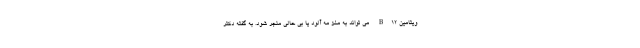
ویتامین B12 می تواند به مغز مه آلود یا بی حالی منجر شود. به گفته دکتر